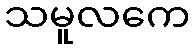
သမူလကေ